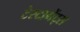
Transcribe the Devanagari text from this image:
टेस्टामेंट्स